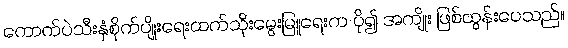
ကောက်ပဲသီးနှံစိုက်ပျိုးရေးထက်သိုးမွေးမြူရေးက ပို၍ အကျိုး ဖြစ်ထွန်းပေသည်။